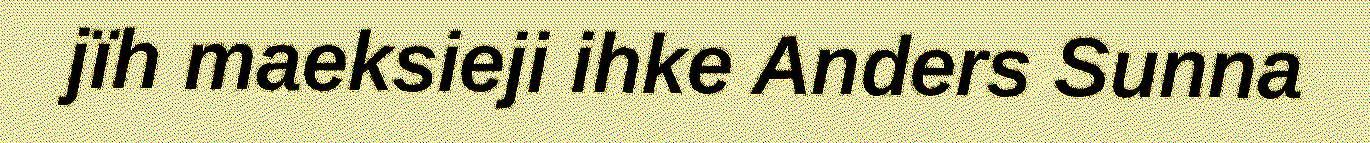
jïh maeksieji ihke Anders Sunna